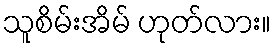
သူစိမ်းအိမ် ဟုတ်လား။